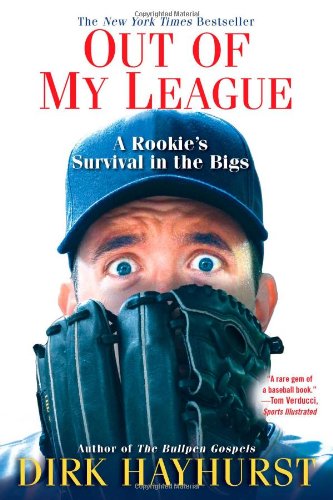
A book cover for Out Of My League: A Rookie's Survival in the Bigs; Dirk Hayhurst; Biographies & Memoirs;